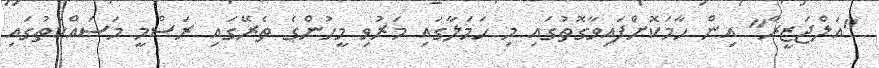
"އަލްޖަޒީރާ" އިން ހާމަކޮށްފައިވާގޮތުގައި މި ހަމަލާގައި މަރުވި މީހުންގެ ތެރޭގައި ރަސްމީ މަސައްކަތުގައި